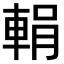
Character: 𨌉